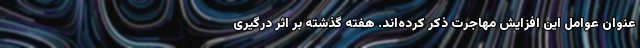
عنوان عوامل این افزایش مهاجرت ذکر کرده‌اند. هفته گذشته بر اثر درگیری